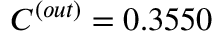
C ^ { ( o u t ) } = 0 . 3 5 5 0